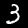
Digit: 3